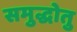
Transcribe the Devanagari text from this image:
समुद्धोतु